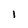
Character: l